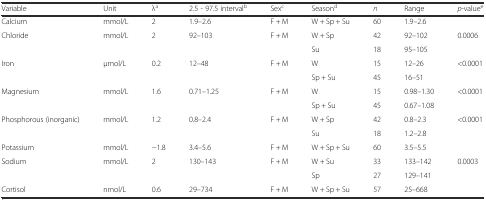
| Variable | Unit | λa | 2.5 - 97.5 intervalb | Sexc | Seasond | n | Range | p-valuee |
 | --- | --- | --- | --- | --- | --- | --- | --- | --- |
 | Calcium | mmol/L | 2 | 1.9–2.6 | F + M | W + Sp + Su | 60 | 1.9–2.6 |  |
 | <ROWSPAN=2> Chloride | <ROWSPAN=2> mmol/L | <ROWSPAN=2> 2 | <ROWSPAN=2> 92–103 | <ROWSPAN=2> F + M | W + Sp | 42 | 92–102 | <ROWSPAN=2> 0.0006 |
 | Su | 18 | 95–105 |
 | <ROWSPAN=2> Iron | <ROWSPAN=2> μmol/L | <ROWSPAN=2> 0.2 | <ROWSPAN=2> 12–48 | <ROWSPAN=2> F + M | W | 15 | 12–26 | <ROWSPAN=2> <0.0001 |
 | Sp + Su | 45 | 16–51 |
 | <ROWSPAN=2> Magnesium | <ROWSPAN=2> mmol/L | <ROWSPAN=2> 1.6 | <ROWSPAN=2> 0.71–1.25 | <ROWSPAN=2> F + M | W | 15 | 0.98–1.30 | <ROWSPAN=2> <0.0001 |
 | Sp + Su | 45 | 0.67–1.08 |
 | <ROWSPAN=2> Phosphorous (inorganic) | <ROWSPAN=2> mmol/L | <ROWSPAN=2> 1.2 | <ROWSPAN=2> 0.8–2.4 | <ROWSPAN=2> F + M | W + Sp | 42 | 0.8–2.3 | <ROWSPAN=2> <0.0001 |
 | Su | 18 | 1.2–2.8 |
 | Potassium | mmol/L | −1.8 | 3.4–5.6 | F + M | W + Sp + Su | 60 | 3.5–5.5 |  |
 | <ROWSPAN=2> Sodium | <ROWSPAN=2> mmol/L | <ROWSPAN=2> 2 | <ROWSPAN=2> 130–143 | <ROWSPAN=2> F + M | W + Su | 33 | 133–142 | <ROWSPAN=2> 0.0003 |
 | Sp | 27 | 129–141 |
 | Cortisol | nmol/L | 0.6 | 29–734 | F + M | W + Sp + Su | 57 | 25–668 |  |